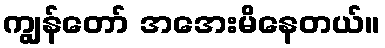
ကျွန်တော် အအေးမိနေတယ်။